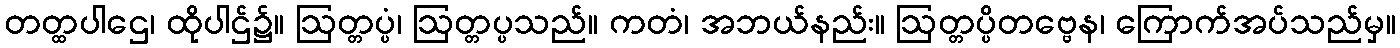
တတ္ထပါဌေ၊ ထိုပါဌ်၌။ ဩတ္တပ္ပံ၊ ဩတ္တပ္ပသည်။ ကတံ၊ အဘယ်နည်း။ ဩတ္တပ္ပိတဗ္ဗေန၊ ကြောက်အပ်သည်မှ။